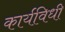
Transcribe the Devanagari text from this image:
कार्यविधी